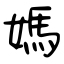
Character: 媽